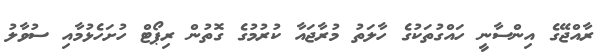
ރާއްޖޭގެ އިންސާނީ ހައްގުތަކުގެ ހާލަތު މުރާޖައާ ކުރުމުގެ ގޮތުން ރިޕޯޓް ހުށަހެޅުމާއި ސުވާލު